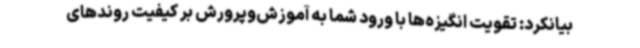
بیانکرد: تقویت انگیزه‌ها با ورود شما به آموزش‌وپرورش بر کیفیت روندهای